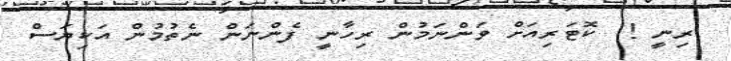
ރިނީ !  ކޮޓަރިއަށް ވަންނަމުން ރިހާނީ ފެންނަން ނެތުމުން އަކިޔަސް